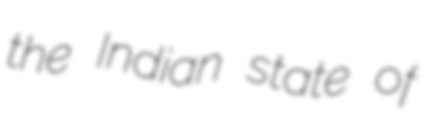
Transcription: the Indian state of